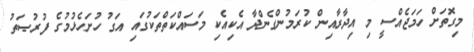
މިގޮތަށް ހަމަޖެއްސީ މި އިދާރާއިން ކުރަމުންގެންދާ އެކިއެކި މަސައްކަތްތަކުގައި އަގު ހުށަހެޅުމުގެ ފުރުޞަތު